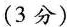
(3分)